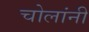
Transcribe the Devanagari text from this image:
चोलांनी